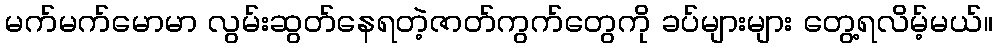
မက်မက်မောမာ လွမ်းဆွတ်နေရတဲ့ဇာတ်ကွက်တွေကို ခပ်များများ တွေ့ရလိမ့်မယ်။